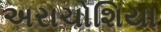
અરાચોશિયા